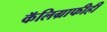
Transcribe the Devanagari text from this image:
कॅलिग्राफीही